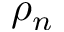
\rho _ { n }